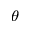
\theta